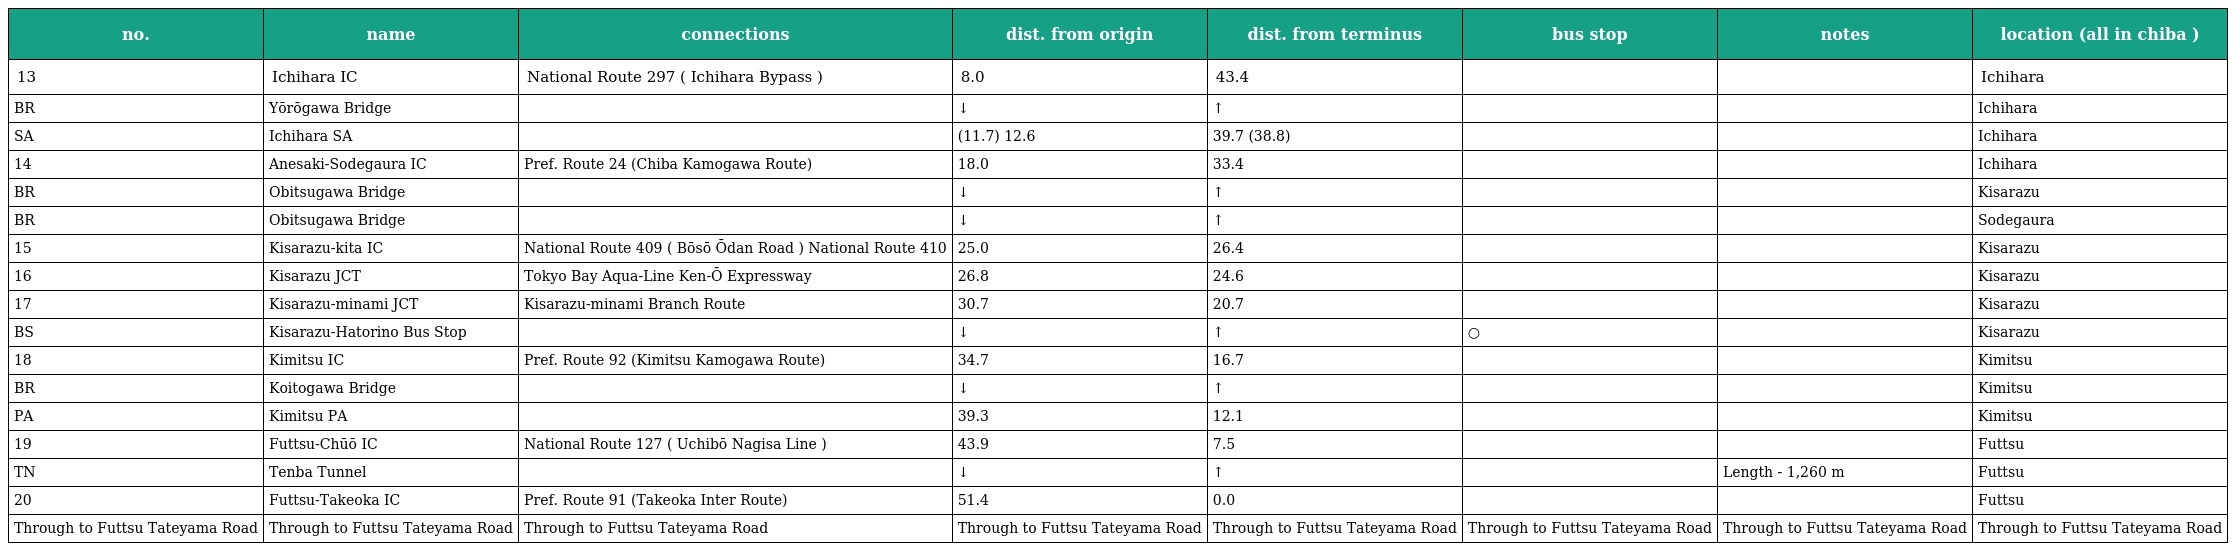
| no. | name | connections | dist. from origin | dist. from terminus | bus stop | notes | location (all in chiba ) |
 | --- | --- | --- | --- | --- | --- | --- | --- |
 | 13 | Ichihara IC | National Route 297 ( Ichihara Bypass ) | 8.0 | 43.4 |  |  | Ichihara |
 | BR | Yōrōgawa Bridge |  | ↓ | ↑ |  |  | Ichihara |
 | SA | Ichihara SA |  | (11.7) 12.6 | 39.7 (38.8) |  |  | Ichihara |
 | 14 | Anesaki-Sodegaura IC | Pref. Route 24 (Chiba Kamogawa Route) | 18.0 | 33.4 |  |  | Ichihara |
 | BR | Obitsugawa Bridge |  | ↓ | ↑ |  |  | Kisarazu |
 | BR | Obitsugawa Bridge |  | ↓ | ↑ |  |  | Sodegaura |
 | 15 | Kisarazu-kita IC | National Route 409 ( Bōsō Ōdan Road ) National Route 410 | 25.0 | 26.4 |  |  | Kisarazu |
 | 16 | Kisarazu JCT | Tokyo Bay Aqua-Line Ken-Ō Expressway | 26.8 | 24.6 |  |  | Kisarazu |
 | 17 | Kisarazu-minami JCT | Kisarazu-minami Branch Route | 30.7 | 20.7 |  |  | Kisarazu |
 | BS | Kisarazu-Hatorino Bus Stop |  | ↓ | ↑ | ○ |  | Kisarazu |
 | 18 | Kimitsu IC | Pref. Route 92 (Kimitsu Kamogawa Route) | 34.7 | 16.7 |  |  | Kimitsu |
 | BR | Koitogawa Bridge |  | ↓ | ↑ |  |  | Kimitsu |
 | PA | Kimitsu PA |  | 39.3 | 12.1 |  |  | Kimitsu |
 | 19 | Futtsu-Chūō IC | National Route 127 ( Uchibō Nagisa Line ) | 43.9 | 7.5 |  |  | Futtsu |
 | TN | Tenba Tunnel |  | ↓ | ↑ |  | Length - 1,260 m | Futtsu |
 | 20 | Futtsu-Takeoka IC | Pref. Route 91 (Takeoka Inter Route) | 51.4 | 0.0 |  |  | Futtsu |
 | Through to Futtsu Tateyama Road | Through to Futtsu Tateyama Road | Through to Futtsu Tateyama Road | Through to Futtsu Tateyama Road | Through to Futtsu Tateyama Road | Through to Futtsu Tateyama Road | Through to Futtsu Tateyama Road | Through to Futtsu Tateyama Road |